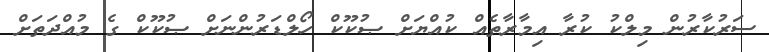
ސަރުކާރުން މިލްކު ކުރާ އިމާރާތެއް ކުއްޔަށް ޞުކޫކް ހޯލްޑަރުންނަށް ޞުކޫކް ގެ މުއްދަތަށް